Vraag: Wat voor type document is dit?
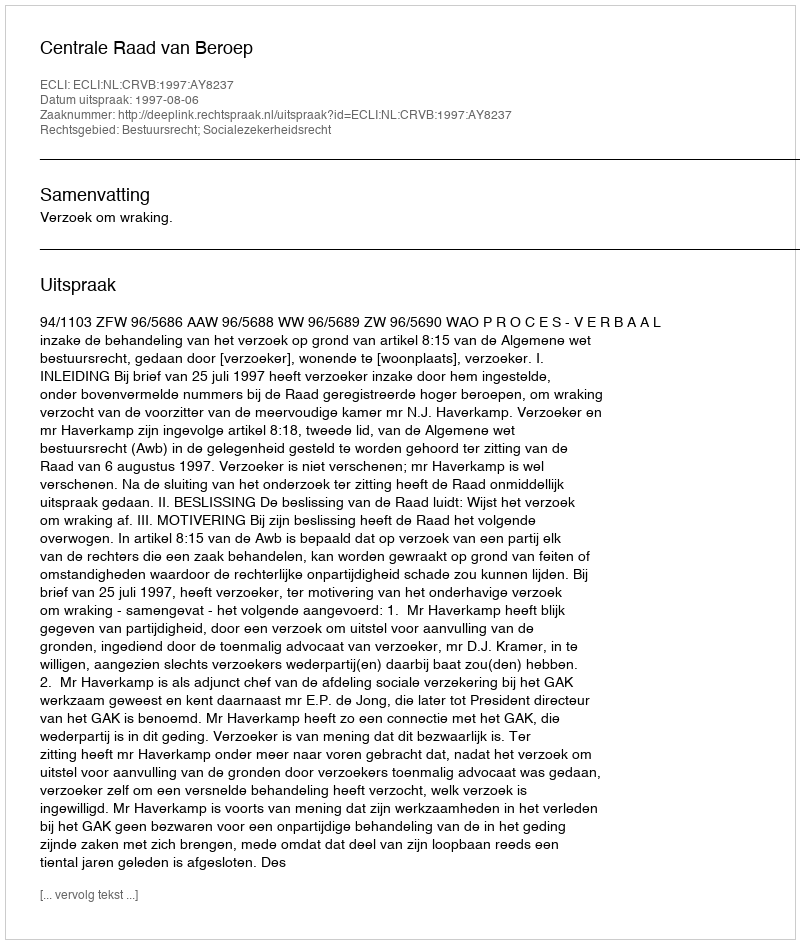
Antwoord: Uitspraak